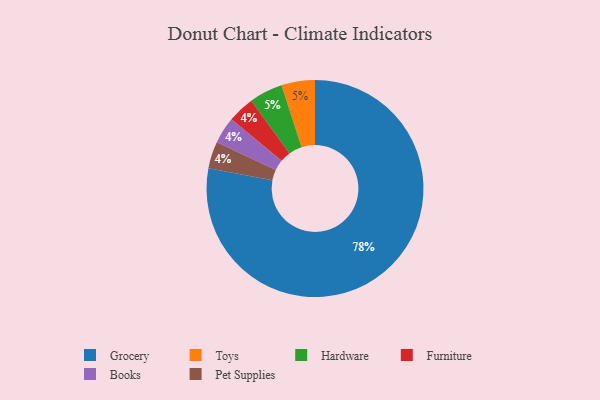
{"axis": {"x": "Category", "y": "Percentage"}, "legend": ["Books", "Furniture", "Grocery", "Hardware", "Pet Supplies", "Toys"], "data": [{"x": "Grocery", "y": 78, "type": "Grocery"}, {"x": "Furniture", "y": 4, "type": "Furniture"}, {"x": "Toys", "y": 5, "type": "Toys"}, {"x": "Books", "y": 4, "type": "Books"}, {"x": "Hardware", "y": 5, "type": "Hardware"}, {"x": "Pet Supplies", "y": 4, "type": "Pet Supplies"}]}